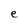
Character: e